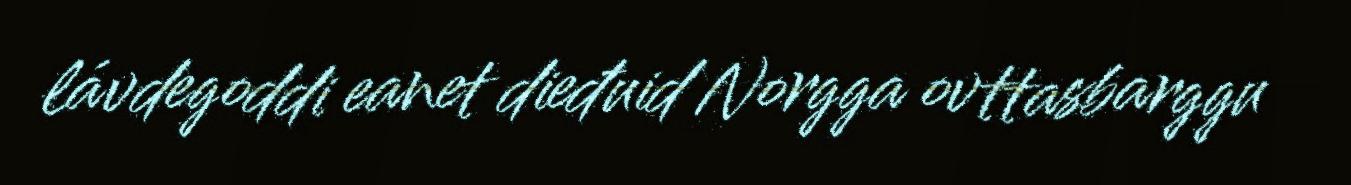
lávdegoddi eanet dieđuid Norgga ovttasbarggu